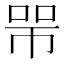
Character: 𢃋